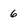
Character: 6